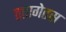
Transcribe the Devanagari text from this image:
ताएगेतस